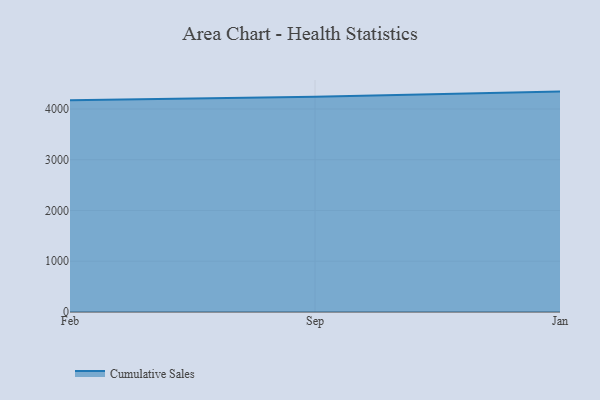
{"axis": {"x": "Month", "y": "Bounce Rate (%)"}, "legend": ["Cumulative Sales"], "data": [{"x": "Feb", "y": 4173.1, "type": "Cumulative Sales"}, {"x": "Sep", "y": 4238.8, "type": "Cumulative Sales"}, {"x": "Jan", "y": 4342.4, "type": "Cumulative Sales"}]}